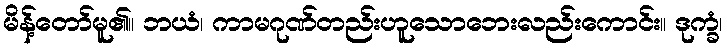
မိန့်တော်မူ၏။ ဘယံ၊ ကာမဂုဏ်တည်းဟူသောဘေးလည်းကောင်း။ ဒုက္ခံ၊